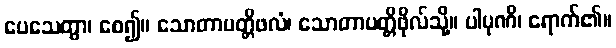
ပေသေတွာ၊ စေ၍။ သောတာပတ္တိဖလံ၊ သောတာပတ္တိဖိုလ်သို့။ ပါပုဏိ၊ ရောက်၏။